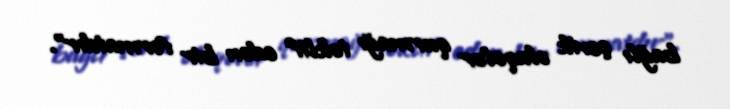
bağlı çevik əlaqələr qurmağı təklif edən bir formatdır”.